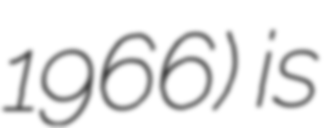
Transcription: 1966) is